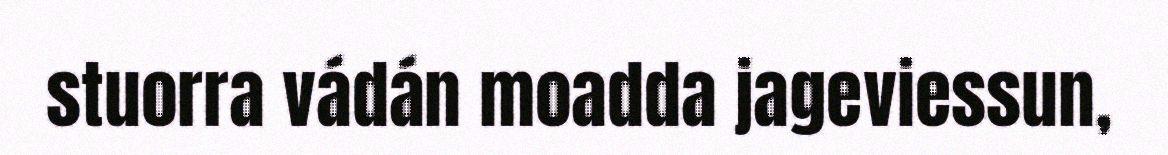
stuorra vádán moadda jageviessun,